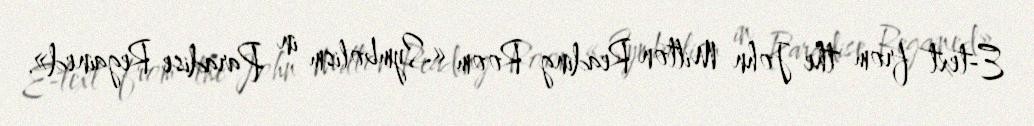
E-text from the John Milton Reading Room «Symbolism in Paradise Regained».